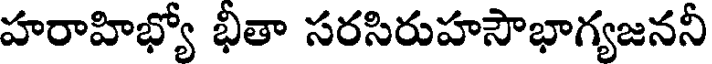
హరాహిభ్యో భీతా సరసిరుహసౌభాగ్యజననీ